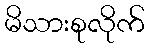
မိသားစုလိုက်